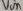
Text: Vin